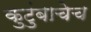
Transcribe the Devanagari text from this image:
कुटुंबाचेच